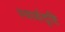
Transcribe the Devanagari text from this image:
स्वार्थदृष्टि